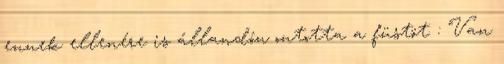
ennek ellenére is állandón ontotta a füstöt : Van